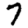
Digit: 7